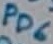
Text: PD6